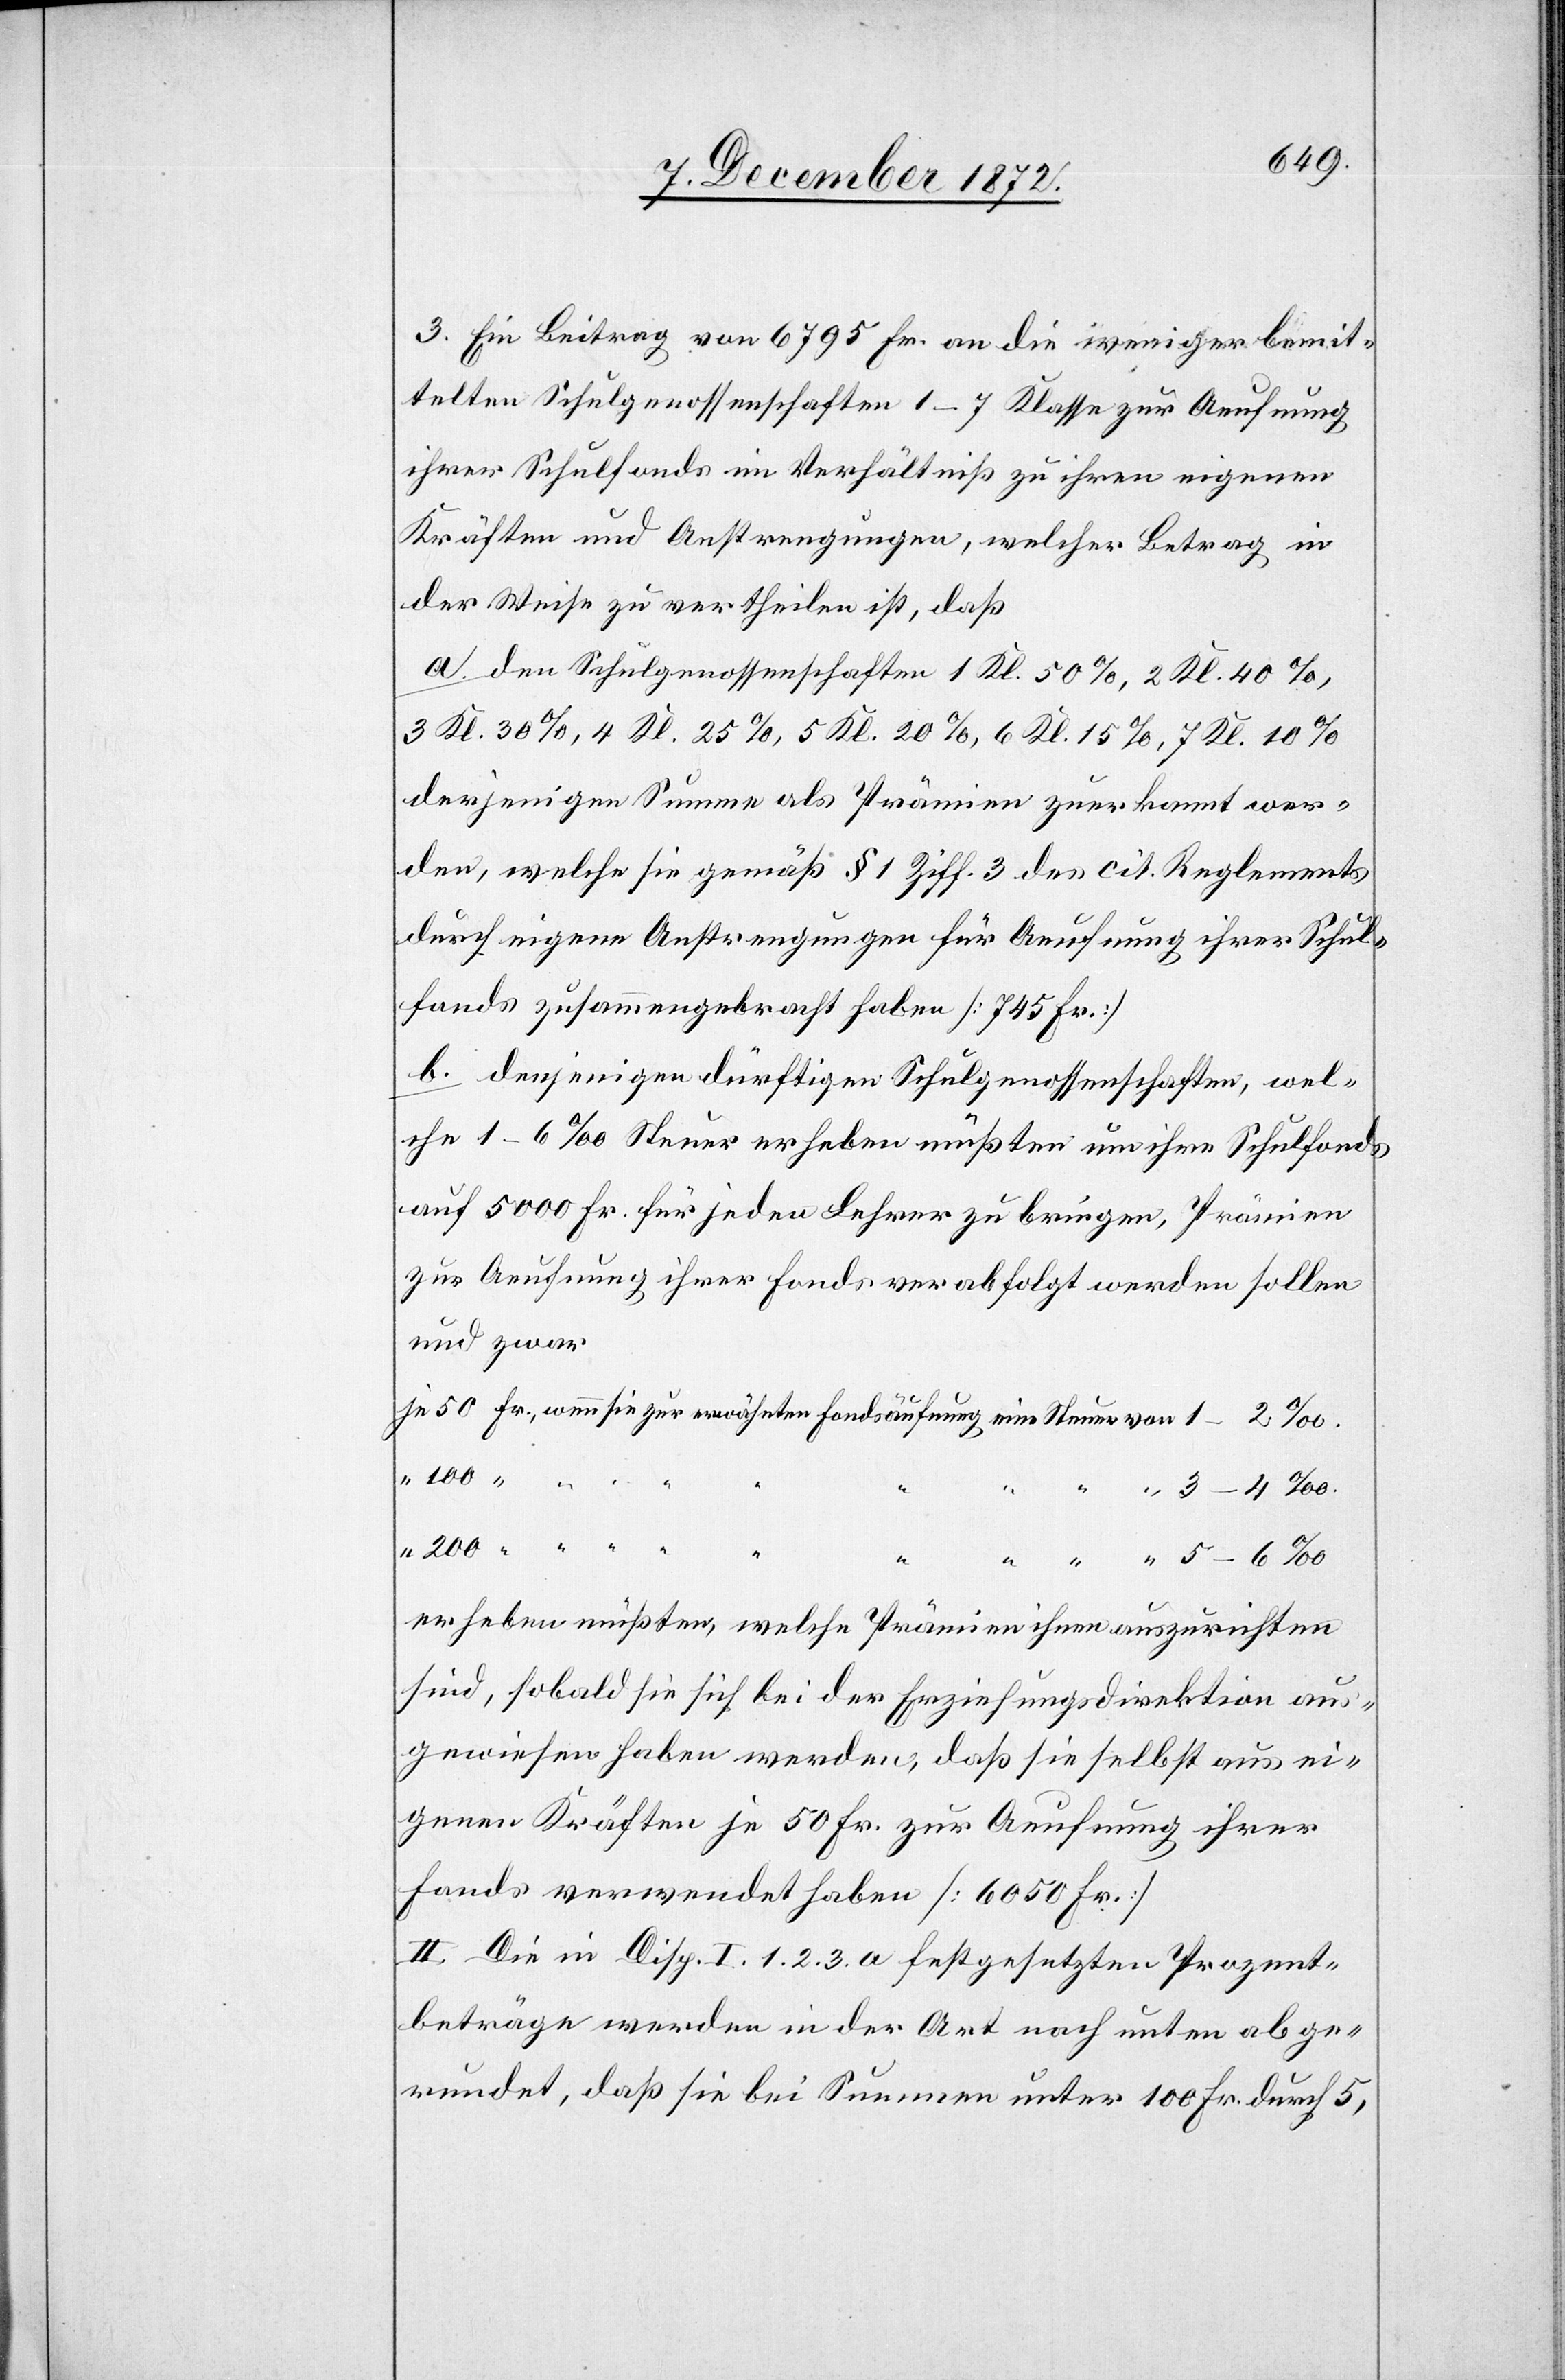
3. Ein Beitrag von 6795 Fr. an die weniger bemit¬
telten Schulgenossenschaften 1–7 Klasse zur Aeufnung
ihrer Schulfonds im Verhältniß zu ihren eigenen
Kräften und Anstrengungen, welcher Betrag in
der Weise zu vertheilen ist, daß
a. den Schulgenossenschaften 1 Kl. 50%, 2 Kl. 40%,
3 Kl. 30%, 4 Kl. 25%, 5 Kl. 20%, 6 Kl. 15%, 7 Kl. 10%
derjenigen Summe als Prämien zuerkannt wer¬
den, welche sie gemäß § 1 Ziff. 3 des cit. Reglements
durch eigene Anstrengungen für Aeufnung ihrer Schul¬
fonds zusammengebracht haben [745 Fr.]
b. denjenigen dürftigen Schulgenossenschaften, wel¬
che 1–6‰ Steuer erheben müßten um ihre Schulfonds
auf 5000 Fr. für jeden Lehrer zu bringen, Prämien
zur Aeufnung ihrer Fonds verabfolgt werden sollen
und zwar
erheben müßten, welche Prämien ihnen auszurichten
sind, sobald sie sich bei der Erziehungsdirektion aus¬
gewiesen haben werden, daß sie selbst aus ei¬
genen Kräften je 50 Fr. zur Aeufnung ihrer
Fonds verwendet haben [6050 Fr.]
II. Die in Disp. I. 1. 2. 3. a festgesetzten Prozent¬
beträge werden in der Art nach unten abge¬
rundet, daß sie bei Summen unter 100 Fr. durch 5,